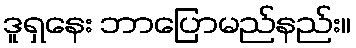
ဒူရှနေး ဘာပြောမည်နည်း။